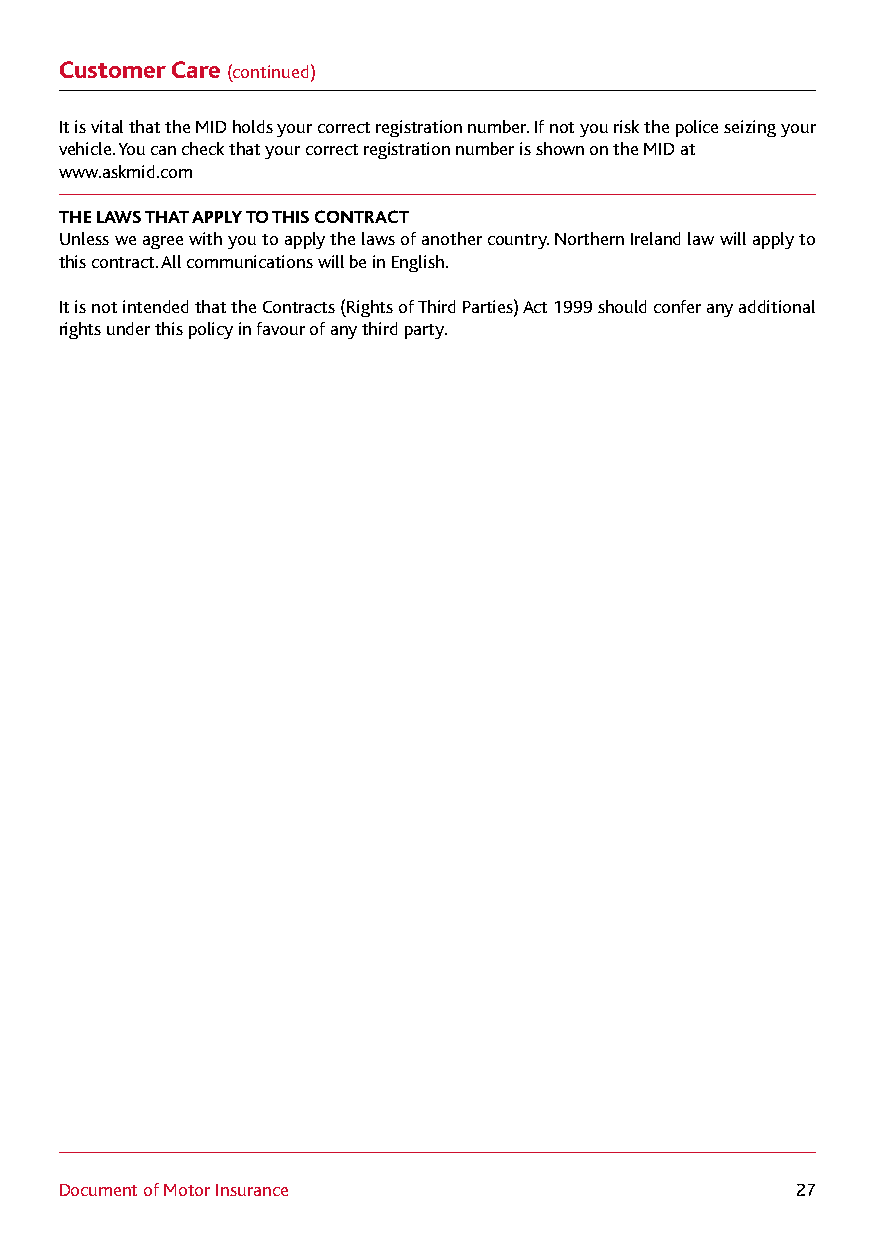
Customer Care (continued)
 It is vital that the MID holds your correct registration number. If not you risk the police seizing your
 vehicle. You can check that your correct registration number is shown on the MID at
 www.askmid.com
 THE LAWS THAT APPLY TO THIS CONTRACT
 Unless we agree with you to apply the laws of another country. Northern Ireland law will apply to
 this contract. All communications will be in English.
 It is not intended that the Contracts (Rights of Third Parties) Act 1999 should confer any additional
 rights under this policy in favour of any third party.
 Document of Motor Insurance                      27